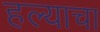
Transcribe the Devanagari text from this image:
हल्याचा